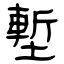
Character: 塹